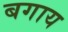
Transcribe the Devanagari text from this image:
बगाय